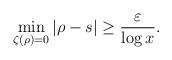
LaTeX: \begin{align*} \min_{\zeta(\rho)=0}|\rho-s|\ge \frac{\varepsilon}{\log x}.\end{align*}